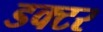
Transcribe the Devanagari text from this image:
डक्टर